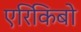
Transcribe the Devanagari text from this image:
एरिकिबो